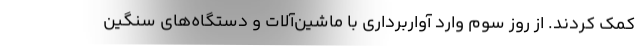
کمک کردند. از روز سوم وارد آواربرداری با ماشین‌آلات و دستگاه‌های سنگین